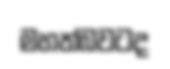
මහත්බවටද